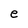
Character: e